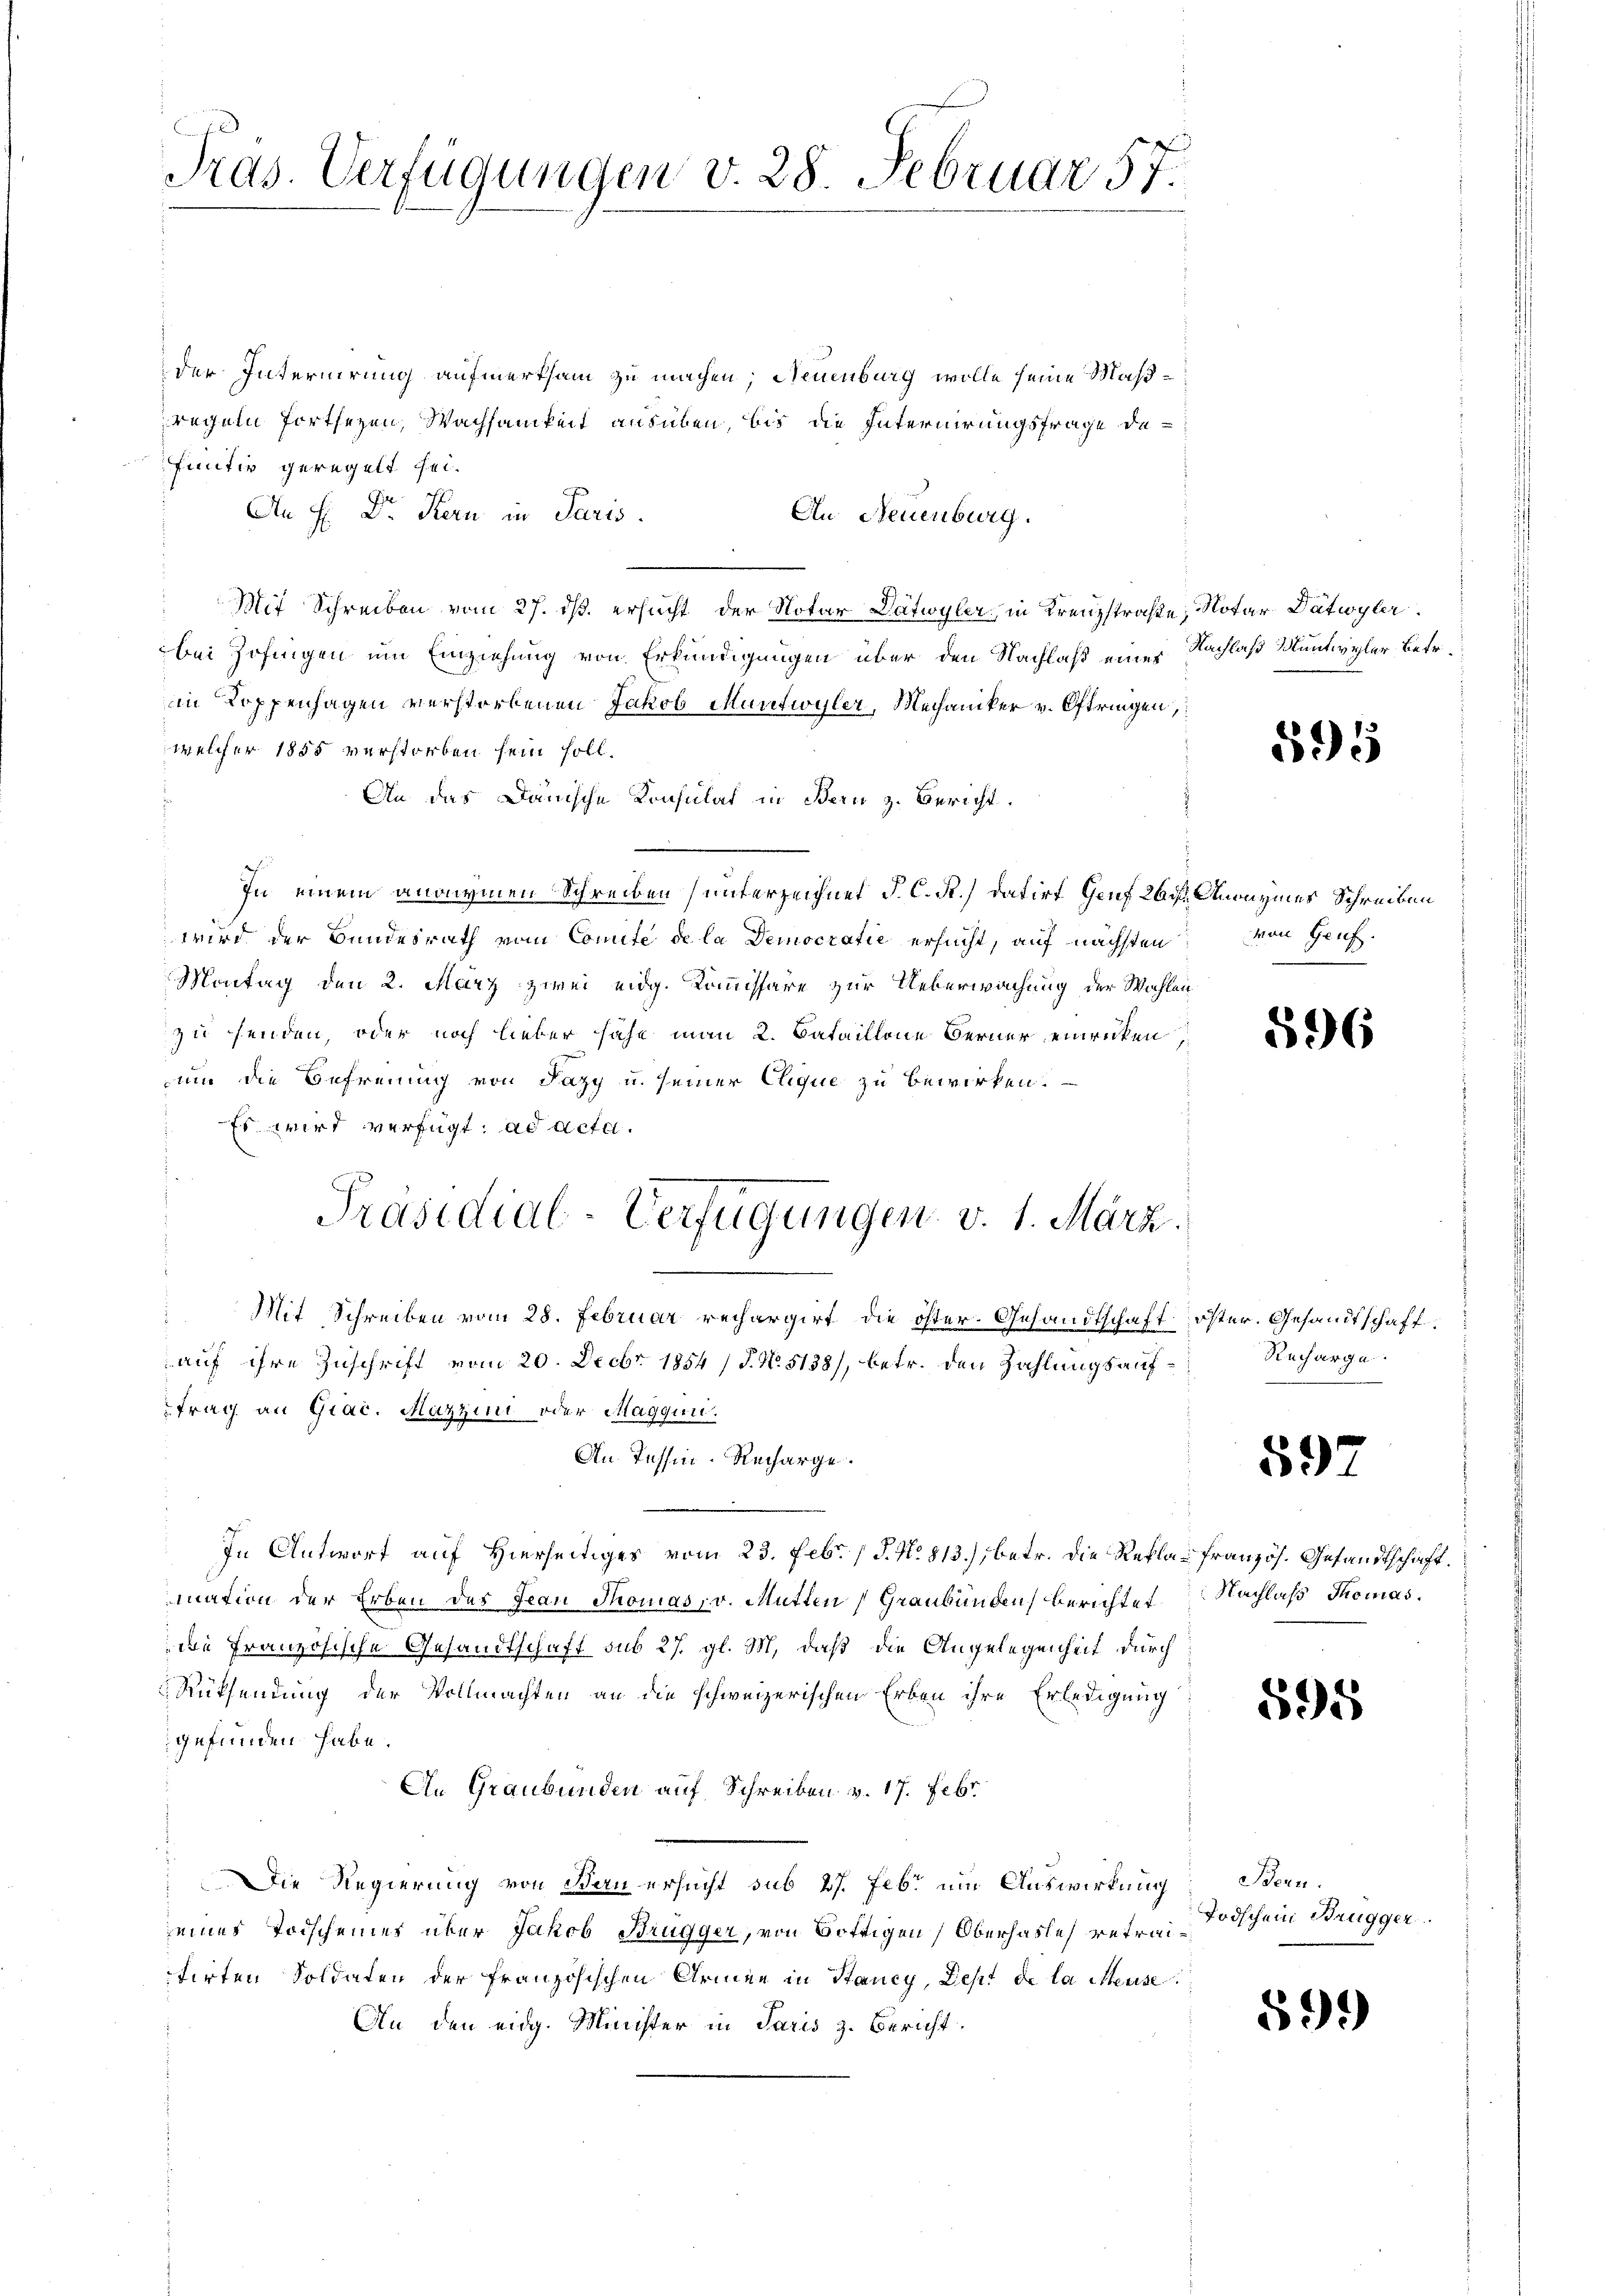
Pras. Verfügungen v. 28. Februar 57.

der Internirung aufmerksam zu machen; Neuenburg wolle seine Maßregeln fortsezen, Wachsamkeit ausüben, bis die Internirungsfrage de
funter geregelt sei.
An H: Dr. Kern in Paris.
An Neuenburg.
Mit Schreiben vom 27. ds. ersucht der Notar Dätwyler, in Kreuzstraße Notar Dätwyler
bei Zofingen um Einziehung von Erkundigungen über den Nachlaß einer Nachlaß Muntivyler Betr.
in Koppenhagen verstorbenen Jakob Muntwyler, Mechaniker v. Oftringen,
welcher 1855 verstorben sein soll.
An das Dänische Konsulat in Bern z. Bericht.
In einem anonymen Schreiben unterzeichnet J. C. R.) datirt Heuf 26 u. Anraymes Schreiben
wird der Bundesrath vom Comité de la Democratie ersucht, auf nächsten von Hauf¬
Montag den 2. März zwei eidg. Kommissäre zur Ueberwachung der Wahlen
zu senden, oder noch lieber sähe man 2. Bataillone Berner einrücken,
um die Befreiung von Pazy u. seiner Clique zu bewirken.
Es wird verfügt: ad acta.
Präsidial-Verfügungen v. 1. März.
d
Mit Schreiben vom 28. Februar rechargirt, die öfter- Gesandtschaft öster. Gesandtschaftauf ihre Zuschrift vom 20. Decbr. 1854 / P. No. 5138), betr. den Zahlungs auftrag an Giac. Mazzini oder Magquii.
An. Tessin. Recharge.
In Antwort auf Hierseitiges vom 23. Febr. P. N. 813.) betr. die Rekla- französ. Gesandtschaft.
mation der Erben des Frau Thomas, v. Mütten Graubünden Berichtet
die französische Gesandtschaft sub 27. gl. M. daß die Angelegenheit durch
Rücksendung der Vollmachten an die schweizerischen Erben ihre Erledigung
gefunden habe.
An Graubünden auf Schreiben v. 17. Febr
Die Regierung von Bau ersucht sub 27. Febr um Auswirkung Seeenseines Todscheines über Jakob Brugger, von Bottigen Oberhasle retraiitirten Soldaten der französischen Armen in Stancy, Pest de la Meuse.
An den eidg. Minister in Paris z. Bericht.

595

596

Recharge.

597

Nachlaß Thomas

595

Todschein Brugger.

599)